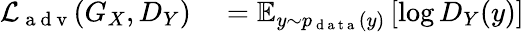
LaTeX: \begin{array}{rl}{\mathcal{L}_{\mathrm{~a~d~v~}}(G_{X},D_{Y})}&{{}=\mathbb{E}_{y\sim p_{\mathrm{~d~a~t~a~}}(y)}\left[\log D_{Y}(y)\right]}\end{array}